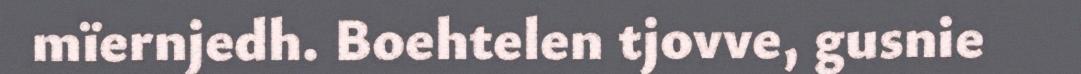
mïernjedh. Boehtelen tjovve, gusnie